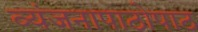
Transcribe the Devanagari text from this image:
व्यंजनापाठोपाठ